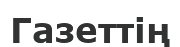
Газеттің